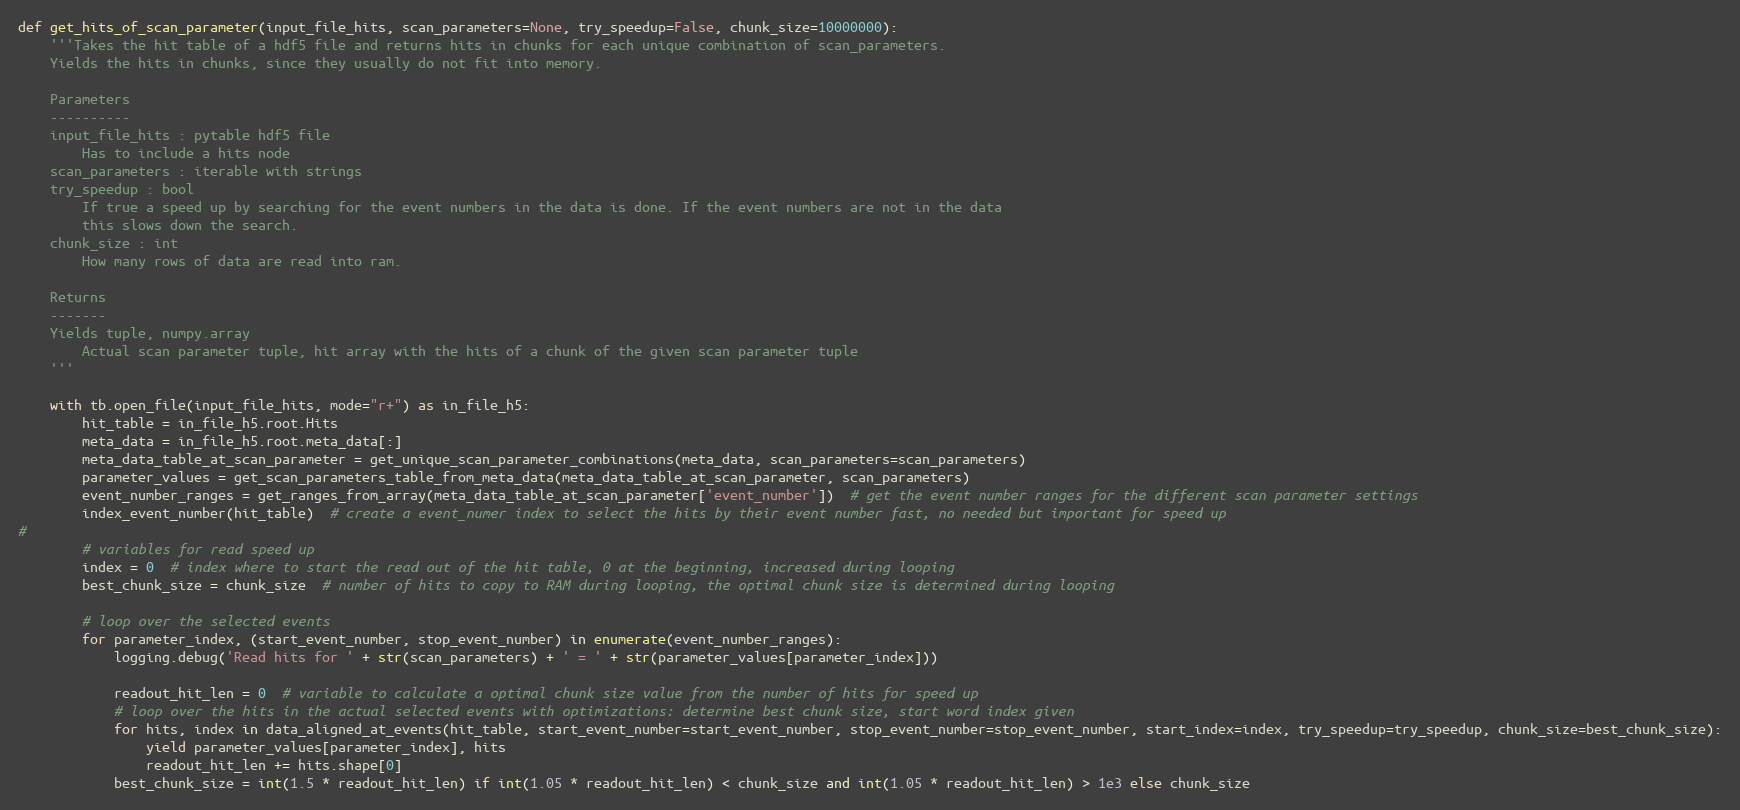
Language: Python
def get_hits_of_scan_parameter(input_file_hits, scan_parameters=None, try_speedup=False, chunk_size=10000000):
    '''Takes the hit table of a hdf5 file and returns hits in chunks for each unique combination of scan_parameters.
    Yields the hits in chunks, since they usually do not fit into memory.

    Parameters
    ----------
    input_file_hits : pytable hdf5 file
        Has to include a hits node
    scan_parameters : iterable with strings
    try_speedup : bool
        If true a speed up by searching for the event numbers in the data is done. If the event numbers are not in the data
        this slows down the search.
    chunk_size : int
        How many rows of data are read into ram.

    Returns
    -------
    Yields tuple, numpy.array
        Actual scan parameter tuple, hit array with the hits of a chunk of the given scan parameter tuple
    '''

    with tb.open_file(input_file_hits, mode="r+") as in_file_h5:
        hit_table = in_file_h5.root.Hits
        meta_data = in_file_h5.root.meta_data[:]
        meta_data_table_at_scan_parameter = get_unique_scan_parameter_combinations(meta_data, scan_parameters=scan_parameters)
        parameter_values = get_scan_parameters_table_from_meta_data(meta_data_table_at_scan_parameter, scan_parameters)
        event_number_ranges = get_ranges_from_array(meta_data_table_at_scan_parameter['event_number'])  # get the event number ranges for the different scan parameter settings
        index_event_number(hit_table)  # create a event_numer index to select the hits by their event number fast, no needed but important for speed up
#
        # variables for read speed up
        index = 0  # index where to start the read out of the hit table, 0 at the beginning, increased during looping
        best_chunk_size = chunk_size  # number of hits to copy to RAM during looping, the optimal chunk size is determined during looping

        # loop over the selected events
        for parameter_index, (start_event_number, stop_event_number) in enumerate(event_number_ranges):
            logging.debug('Read hits for ' + str(scan_parameters) + ' = ' + str(parameter_values[parameter_index]))

            readout_hit_len = 0  # variable to calculate a optimal chunk size value from the number of hits for speed up
            # loop over the hits in the actual selected events with optimizations: determine best chunk size, start word index given
            for hits, index in data_aligned_at_events(hit_table, start_event_number=start_event_number, stop_event_number=stop_event_number, start_index=index, try_speedup=try_speedup, chunk_size=best_chunk_size):
                yield parameter_values[parameter_index], hits
                readout_hit_len += hits.shape[0]
            best_chunk_size = int(1.5 * readout_hit_len) if int(1.05 * readout_hit_len) < chunk_size and int(1.05 * readout_hit_len) > 1e3 else chunk_size